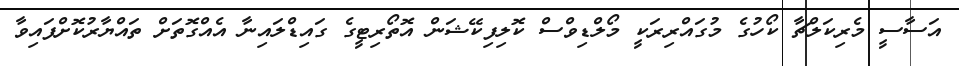
އަސާސީ މެރިކަލްޗާ ކޯހުގެ މުގައްރިރަކީ މޯލްޑިވްސް ކޮލިފިކޭޝަން އޮތޯރިޓީގެ ގައިޑްލައިނާ އެއްގޮތަށް ތައްޔާރުކޮށްފައިވާ